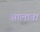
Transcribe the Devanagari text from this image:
अालावा